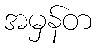
အမှန်တ